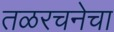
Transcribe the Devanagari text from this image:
तळरचनेचा